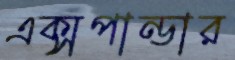
এক্সপান্ডার